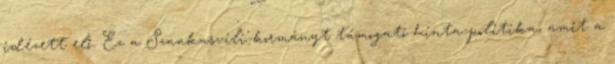
idézett elő. Ez a Szaakasvili-kormányt támogató hinta-politika, amit a